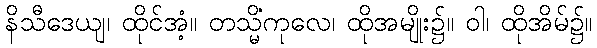
နိသီဒေယျ၊ ထိုင်အံ့။ တသ္မိံကုလေ၊ ထိုအမျိုး၌။ ဝါ၊ ထိုအိမ်၌။